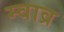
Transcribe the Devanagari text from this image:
म्वाव्र